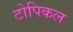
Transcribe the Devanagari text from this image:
टोपिकल